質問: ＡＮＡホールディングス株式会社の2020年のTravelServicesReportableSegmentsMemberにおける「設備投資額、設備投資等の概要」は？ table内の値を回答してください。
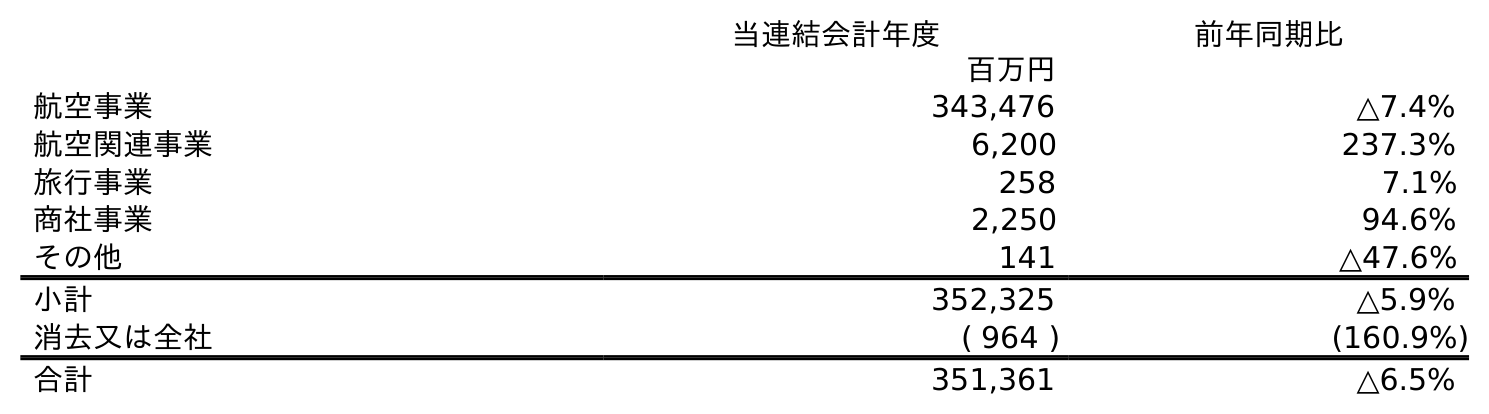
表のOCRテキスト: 当連結会計年度 前年同期比 百万円 航空事業 343,476 △7.4% 航空関連事業 6,200 237.3% 旅行事業 258 7.1% 商社事業 2,250 94.6% その他 141 △47.6% 小計 352,325 △5.9% 消去又は全社 ( 964 ) (160.9%) 合計 351,361 △6.5%
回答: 258